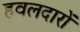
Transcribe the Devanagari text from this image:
हवलदारों